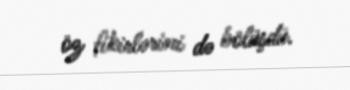
öz fikirlərini də bölüşdü.